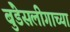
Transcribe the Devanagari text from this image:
बुंडेसलीगाच्या